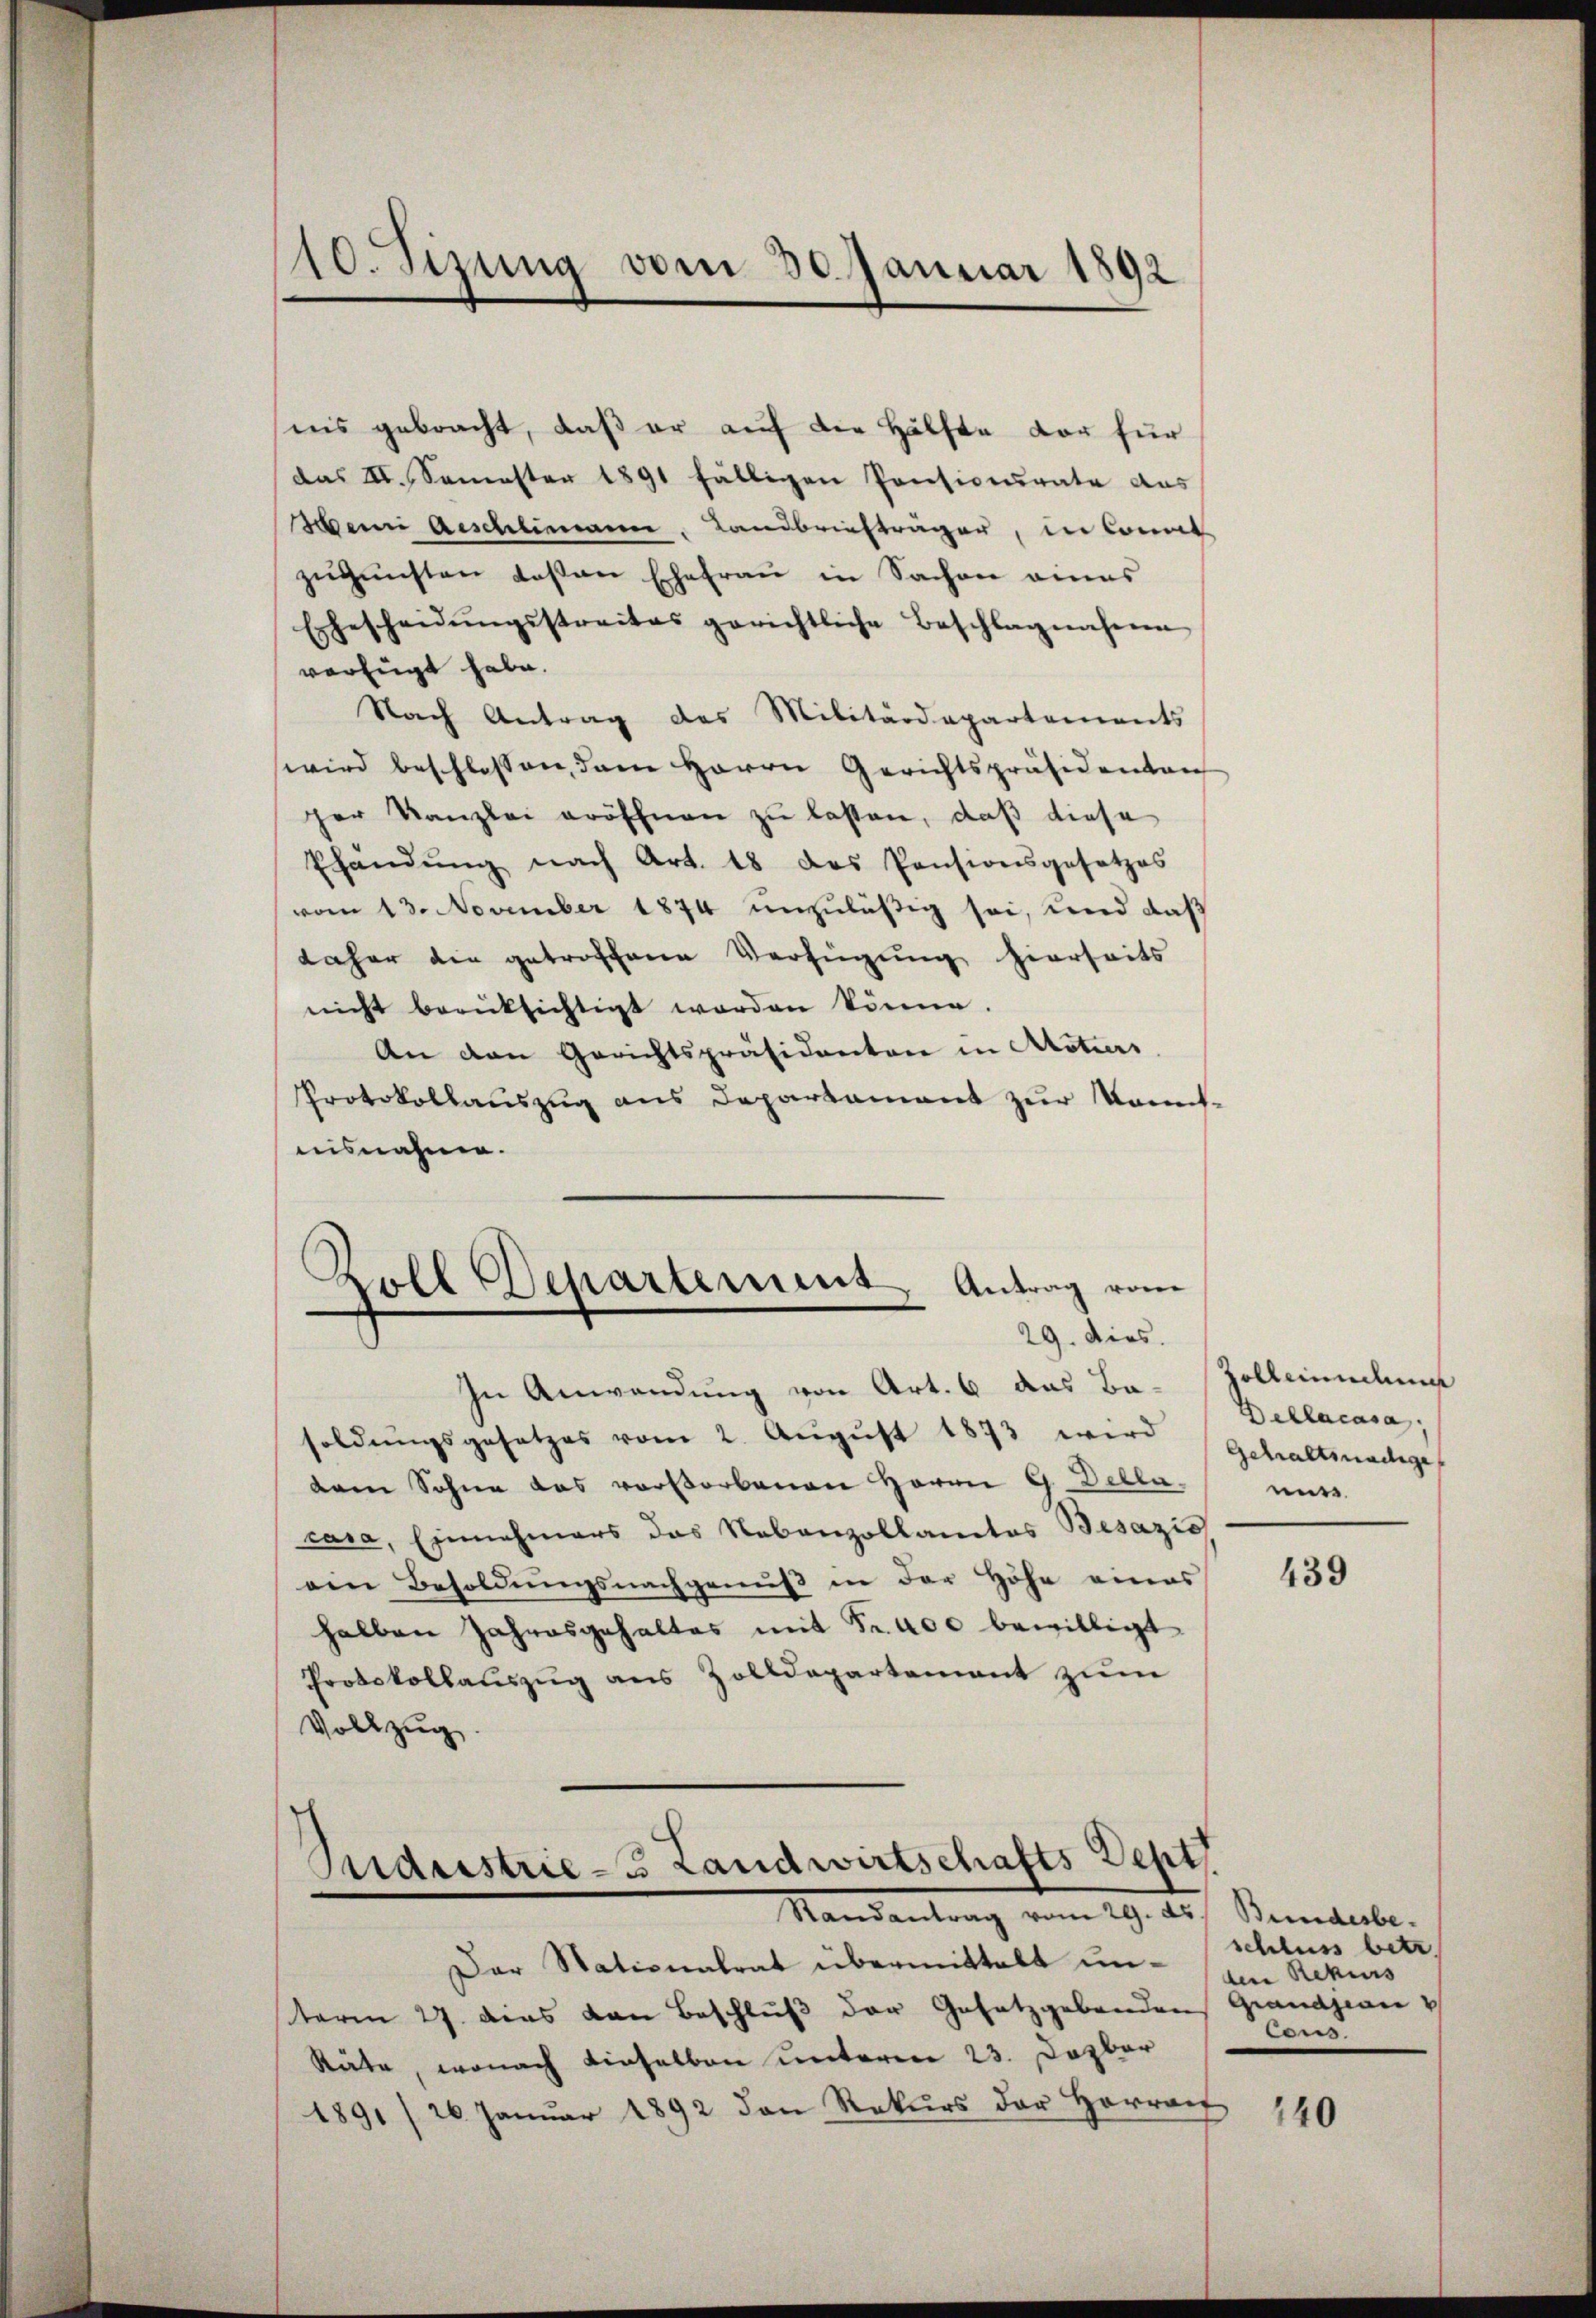
10. Sizung vom 30. Januar 1892

nis gebracht, daß er auf die Hälfte vor für
das II. Semester 1891 fälligen Pensionsrate aus
Wenn Aeschlimann, Landbriefträger, in konnt
zŭgŭnsten deßen Ehefrau in Sachen eines
Erbescheidŭngsstreites gerichtliche Beschlagnahme
verfügt habe.
Nach Antrag des Militärdepartements
wird beschlossen, dem Herrn Gerichtspräsidenten
ger Kanzlei eröffnen zu lassen, daß diese
Phandŭng nach Art. 18 das Pensionsgesetzes
vom 13. November 1874 unzuläßig sei, und daß
daher die getroffene Verfügung hierseits
nicht berücksichtigt worden könne.
An den Gerichtspräsidenten in Alotiers
Protokollauszug aus Departament zur Komisnisnahme.
Zoll Departement, Antrag vom

29. Dies

In Anwendung von Art. 6 das Ba-Zollemandlung
soldŭngsgesetzes vom 2. Aŭgŭst 1873 wird gehaltsnadige
dam Sohne das vorstorbenen Herrn G. Delle.
casa, Einnahmers das Nebenzollantes Besazio
ein Besoldungsnachgenuß in der Höhe eines
halben Jahresgehaltes mit Fr. 400 bewilligt
Protokollauszug aus Zolldepartement zŭm
Vollzug.

Der Stationalrat übermittelt unterm 27. dies von Beschluß der Gesetzgebenden Grandjean
Räte, wonach dieselben unteren 23. Dezbar
1891 / 20 Janŭar 1892 den Rekurs der Herrait

Bideestrie-3 Landwirtschafts Sept
Randantrag vom 29. ds Bundesbe-

Delacasa,
mis

439

schluss betr.
den Rekurs
Cons.

140